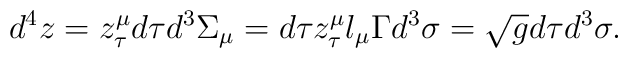
d^{4}z=z_{\tau }^{\mu }d\tau d^{3}\Sigma _{\mu }=d\tau z_{\tau }^{\mu}l_{\mu }\Gamma d^{3}\sigma =\sqrt{g}d\tau d^{3}\sigma .